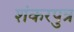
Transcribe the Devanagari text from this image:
शंकरपुत्र